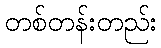
တစ်တန်းတည်း